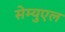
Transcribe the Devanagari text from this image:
सेम्युएल